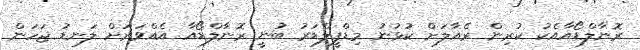
ރޮނާލްޑޯއާއެކު ކުރިން ރެއާލަށް ކުޅުނު މިޑްފީލްޑަރު ބުނީ ރޮނާލްޑޯއާ އެއްވަރަށް ލަނޑު ޖަހަން